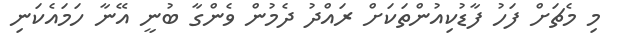
މި މެޗަށް ފަހު ފާޑުކިއުންތަކަށް ރައްދު ދެމުން ވެންގާ ބުނީ އޭނާ ހަމައެކަނި